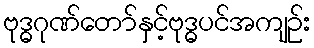
ဗုဒ္ဓဂုဏ်တော်နှင့်ဗုဒ္ဓပင်အကျဉ်း